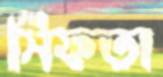
সিফতা